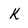
Character: k